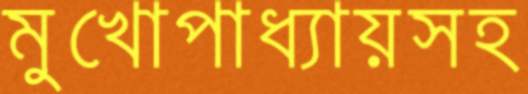
মুখোপাধ্যায়সহ